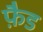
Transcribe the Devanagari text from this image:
फ़ैड